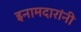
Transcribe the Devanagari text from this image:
इनामदारांनी